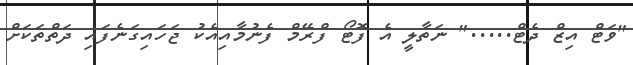
"ވަޓް އިޒް ދެޓް....." ނަތާލީ އެ ފޮޓޯ ފްރޭމް ފެނުމާއިއެކު ޖަހައިގަނެފައި ދަތްތަކަށް